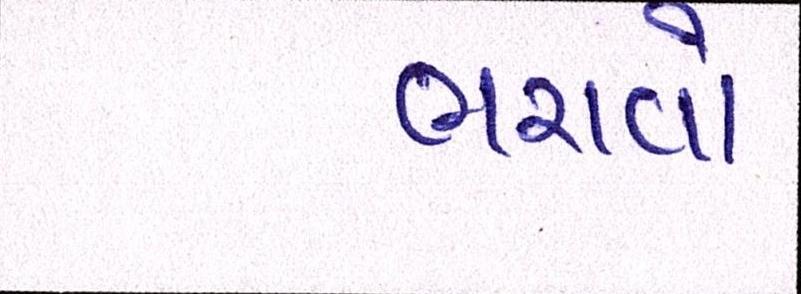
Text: ભરાવોઃ